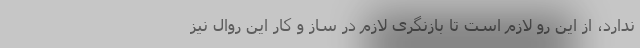
ندارد، از این رو لازم است تا بازنگری لازم در ساز و کار این روال نیز